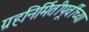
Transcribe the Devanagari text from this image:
ग्रहनिर्मितीपूर्वीच्या